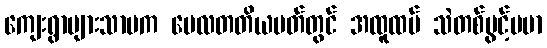
ကျေးရွာများသာမက မေလတတိယပတ်တွင် အထူထပ် သဲတစ်ပွင့်ပမာ